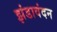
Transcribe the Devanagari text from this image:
झंडावंदन